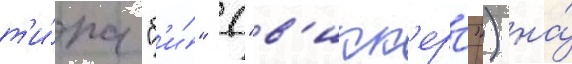
т'и́па "б'и́" ("в'икк'ерс") на́